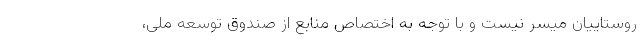
روستاییان میسر نیست و با توجه به اختصاص منابع از صندوق توسعه ملی،